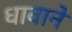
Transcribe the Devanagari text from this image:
धावाने